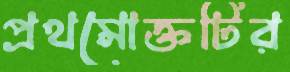
প্রথমোক্তটির